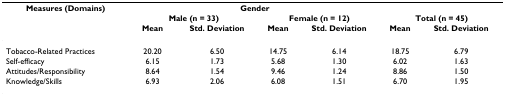
<table><thead><tr><td><b>Measures (Domains)</b></td><td colspan="4"><b>Gender</b></td><td></td><td></td></tr><tr><td></td><td colspan="2"><b>Male (n = 33)</b></td><td colspan="2"><b>Female (n = 12)</b></td><td colspan="2"><b>Total (n = 45)</b></td></tr><tr><td></td><td><b>Mean</b></td><td><b>Std. Deviation</b></td><td><b>Mean</b></td><td><b>Std. Deviation</b></td><td><b>Mean</b></td><td><b>Std. Deviation</b></td></tr></thead><tbody><tr><td>Tobacco-Related Practices</td><td>20.20</td><td>6.50</td><td>14.75</td><td>6.14</td><td>18.75</td><td>6.79</td></tr><tr><td>Self-efficacy</td><td>6.15</td><td>1.73</td><td>5.68</td><td>1.30</td><td>6.02</td><td>1.63</td></tr><tr><td>Attitudes/Responsibility</td><td>8.64</td><td>1.54</td><td>9.46</td><td>1.24</td><td>8.86</td><td>1.50</td></tr><tr><td>Knowledge/Skills</td><td>6.93</td><td>2.06</td><td>6.08</td><td>1.51</td><td>6.70</td><td>1.95</td></tr></tbody></table>